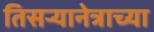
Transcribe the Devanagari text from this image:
तिसऱ्यानेत्राच्या